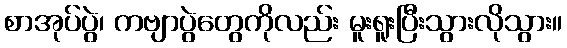
စာအုပ်ပွဲ၊ ကဗျာပွဲတွေကိုလည်း မူးရူးပြီးသွားလိုသွား။